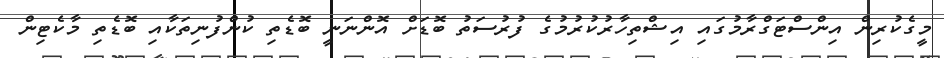
މީގެކުރިން އިންސްޓަގްރާމުގައި އިޝްތިހާރުކުރުމުގެ ފުރުސަތު ބޮޑަށް އޮންނަނީ ބޮޑެތި ކުންފުނިތަކާއި ބޮޑެތި މާކެޓިން